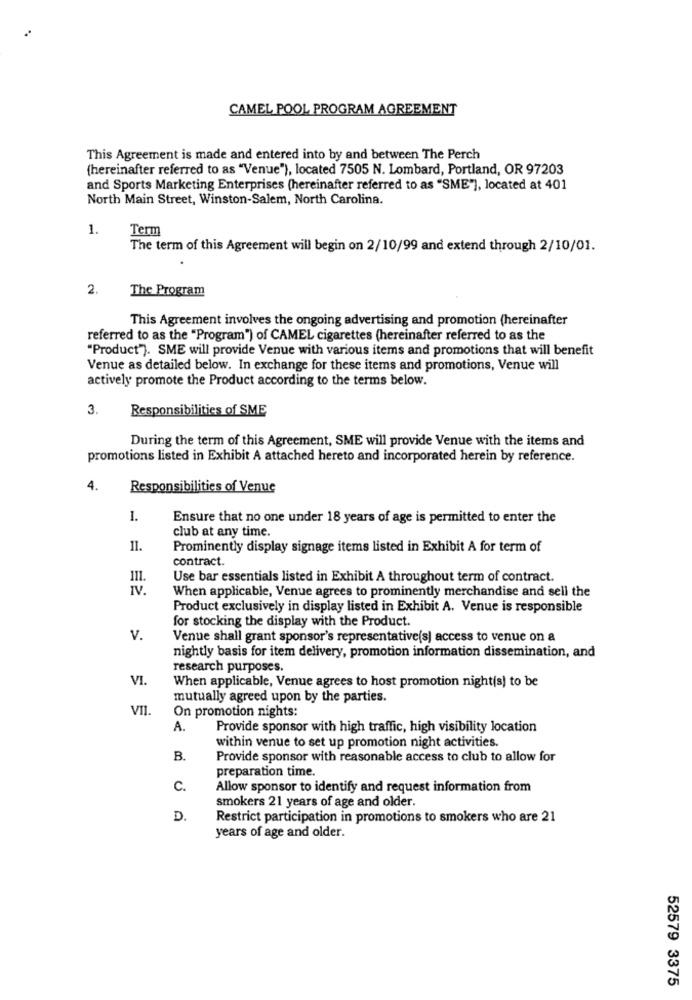
CAMEL POOL PROGRAM AGREEMENT
This Agreement is made and entered into by and between The Perch
(hereinafter referred to as "Venue"), located 7505 N. Lombard, Portland, OR 97203
and Sports Marketing Enterprises (hereinafter referred to as "SME"), located at 401
North Main Street, Winston-Salem, North Carolina.
1.
Term
The term of this Agreement will begin on 2/10/99 and extend through 2/10/01.
2.
The Program
This Agreement involves the ongoing advertising and promotion (hereinafter
referred to as the "Program") of CAMEL cigarettes (hereinafter referred to as the
"Product"). SME will provide Venue with various items and promotions that will benefit
Venue as detailed below. In exchange for these items and promotions, Venue will
actively promote the Product according to the terms below.
3.
Responsibilities of SME
During the term of this Agreement, SME will provide Venue with the items and
promotions listed in Exhibit A attached hereto and incorporated herein by reference.
4.
Responsibilities of Venue
1.
Ensure that no one under 18 years of age is permitted to enter the
club at any time.
11.
Prominently display signage items listed in Exhibit A for term of
contract.
111.
Use bar essentials listed in Exhibit A throughout term of contract.
IV.
When applicable, Venue agrees to prominently merchandise and sell the
Product exclusively in display listed in Exhibit A. Venue is responsible
for stocking the display with the Product.
V.
Venue shall grant sponsor's representative(s) access to venue on a
nightly basis for item delivery, promotion information dissemination, and
research purposes.
VI.
When applicable, Venue agrees to host promotion night(s) to be
mutually agreed upon by the parties.
VII.
On promotion nights:
A.
Provide sponsor with high traffic, high visibility location
within venue to set up promotion night activities.
B.
Provide sponsor with reasonable access to club to allow for
preparation time.
C.
Allow sponsor to identify and request information from
smokers 21 years of age and older.
D.
Restrict participation in promotions to smokers who are 21
years of age and older.
52579 3375